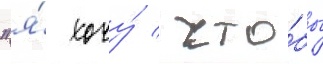
"я́ хочу́ / что́бы